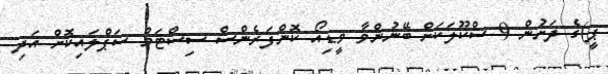
ޕީ)ގެ ދަށުން 9 ސްކޫލަކަށް ބޭނުންވާ ވީޑިއޯ ކޮންފަރެންސް ސިސްޓަމް ސަޕްލައިކޮށް އަދި